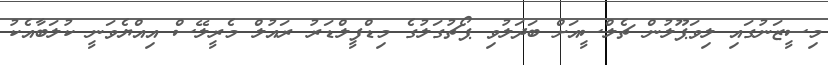
މިސީޒަނުގައި ލިވަޕޫލުން ޗެލްސީއަށް ބަދަލުވި ޕޯޗުގަލުގެ މިޑްފީލްޑަރު ރައުލް މެރީލޭސް އިއްޔެވަނީ ކުލަބާއެކު